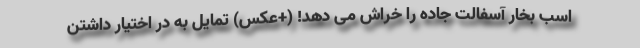
اسب بخار آسفالت جاده را خراش می دهد! (+عکس) تمایل به در اختیار داشتن